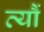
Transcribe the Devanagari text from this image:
त्‍यौं